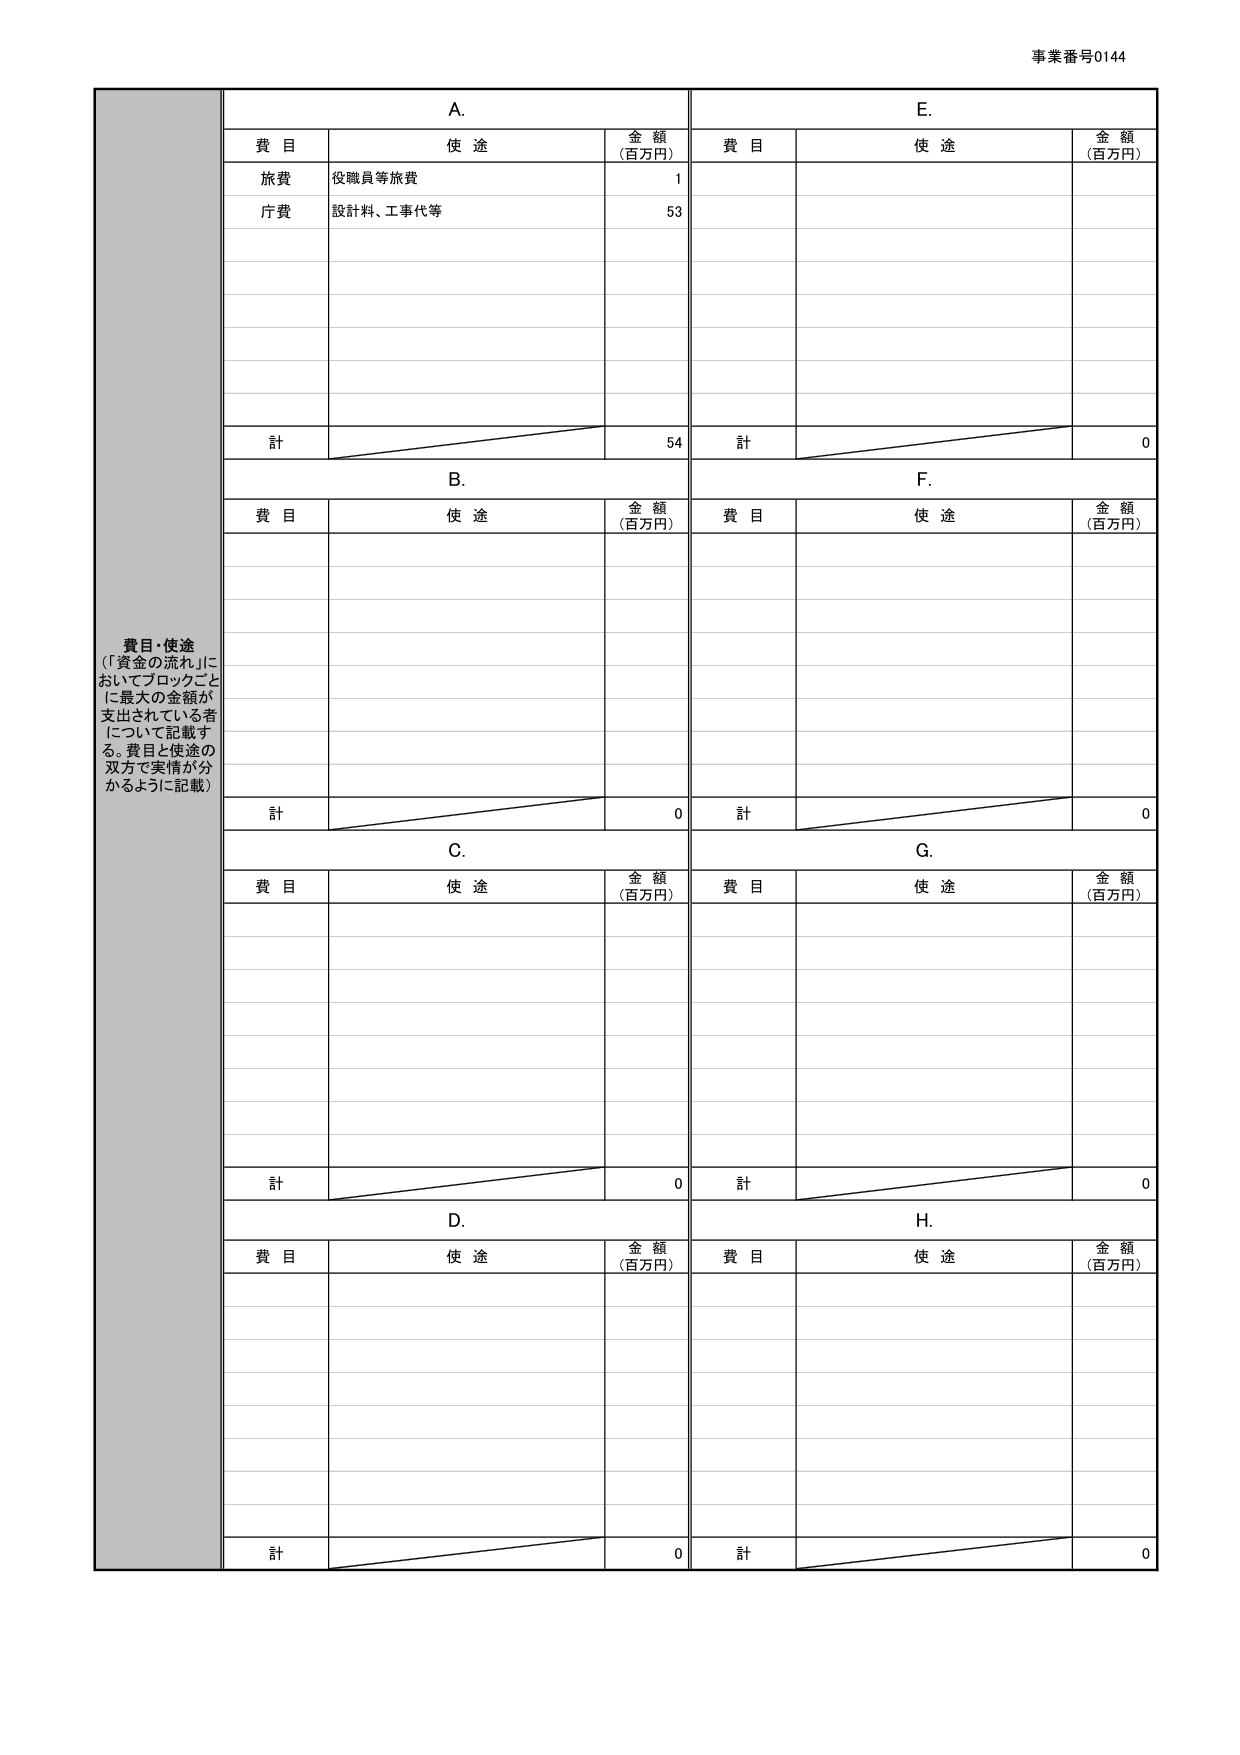
事業番号0144

費目・使途
（「資金の流れ」においてブロックごとに最大の金額が支出されている者について記載する。費目と使途の双方で実情が分かるように記載）

A.
費目　　　　　使途　　　　　金額（百万円）
旅費　　　　　役職員等旅費　　　1
庁費　　　　　設計料、工事代等　53
計　　　　　　　　　　　　　　54

B.
費目　　　　　使途　　　　　金額（百万円）
計　　　　　　　　　　　　　　0

C.
費目　　　　　使途　　　　　金額（百万円）
計　　　　　　　　　　　　　　0

D.
費目　　　　　使途　　　　　金額（百万円）
計　　　　　　　　　　　　　　0

E.
費目　　　　　使途　　　　　金額（百万円）
計　　　　　　　　　　　　　　0

F.
費目　　　　　使途　　　　　金額（百万円）
計　　　　　　　　　　　　　　0

G.
費目　　　　　使途　　　　　金額（百万円）
計　　　　　　　　　　　　　　0

H.
費目　　　　　使途　　　　　金額（百万円）
計　　　　　　　　　　　　　　0